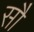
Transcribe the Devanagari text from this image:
साै